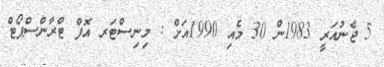
5 ޖެނުއަރީ 1983ން 30 މެއި 1990އަށް : މިނިސްޓަރ އޮފް ޓްރާންސްޕޯޓް